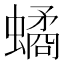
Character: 𧑐